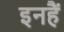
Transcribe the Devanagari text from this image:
इनहैं